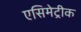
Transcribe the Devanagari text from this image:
एसिमेट्रीक